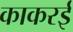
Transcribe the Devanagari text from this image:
काकरई